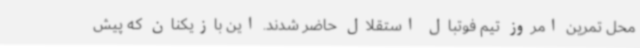
محل تمرین امروز تیم فوتبال استقلال حاضر شدند. این بازیکنان که پیش